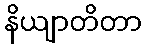
နိယျာတိတာ